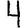
Digit: 4